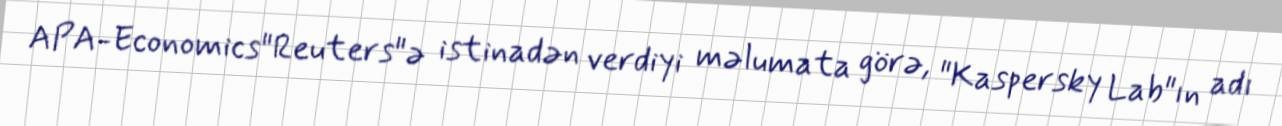
APA-Economics"Reuters"ə istinadən verdiyi məlumata görə, "Kaspersky Lab"ın adı